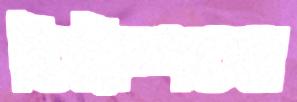
তিরিশতম